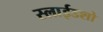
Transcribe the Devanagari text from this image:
स्लाईडशो